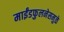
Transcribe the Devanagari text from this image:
माईंडफुलनेसमुळे